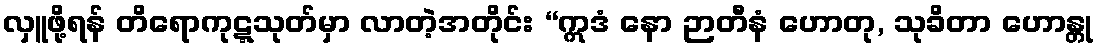
လှူဖို့ရန် တိရောကုဋ္ဋသုတ်မှာ လာတဲ့အတိုင်း “ဣဒံ နော ဉာတီနံ ဟောတု, သုခိတာ ဟောန္တု